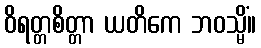
ဝိရတ္တစိတ္တာ ယတိကေ ဘဝသ္မိံ။